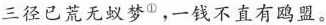
三径已荒无蚁梦①，一钱不直有鸥盟。